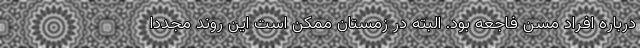
درباره افراد مسن فاجعه بود. البته در زمستان ممکن است این روند مجدداً